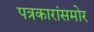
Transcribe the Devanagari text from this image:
पत्रकारांसमोर